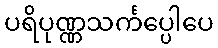
ပရိပုဏ္ဏသင်္ကပ္ပေါပေ